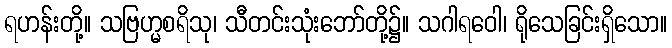
ရဟန်းတို့။ သဗြဟ္မစရိသု၊ သီတင်းသုံးဘော်တို့၌။ သဂါရဝေါ၊ ရိုသေခြင်းရှိသော။